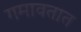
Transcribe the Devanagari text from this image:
गमावतात